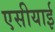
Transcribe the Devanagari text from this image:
एसीयाई